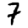
Digit: 7